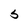
Character: s